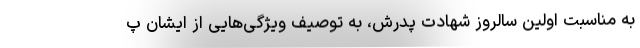
به مناسبت اولین سالروز شهادت پدرش، به توصیف ویژگی‌هایی از ایشان پ